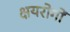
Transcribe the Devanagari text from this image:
क्षयरोगों